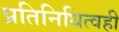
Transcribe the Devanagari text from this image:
प्रतिनिधित्वही